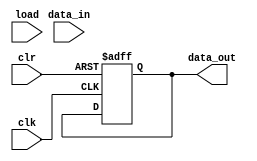
module dff (
   output reg data_out,
   input data_in,
   input load,
   input clk,
   input clr
);

  always @ (posedge clk or negedge clr)
  begin
      if(!clr)
        data_out <= 0;
      else if (load) begin
        data_in <= data_in;
    end
  end

endmodule